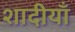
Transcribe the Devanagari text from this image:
शादीयाॅं